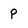
Character: p